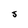
Character: S